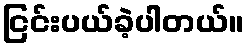
ငြင်းပယ်ခဲ့ပါတယ်။